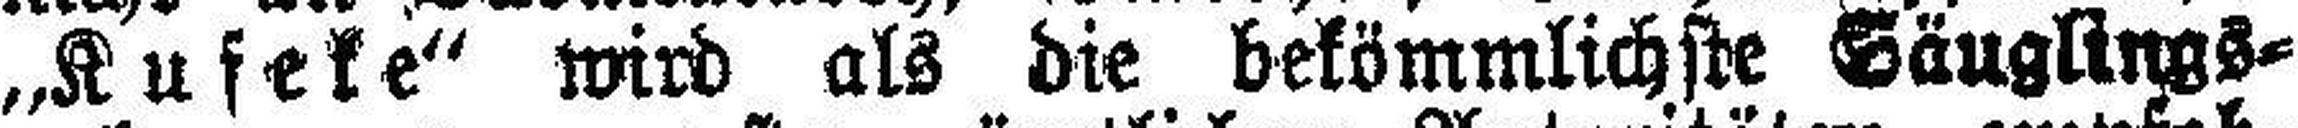
„Kufeke“ wird als die bekömmlichste Säuglings¬